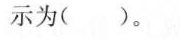
示为()。